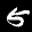
Label: 5